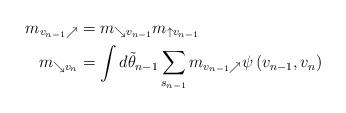
LaTeX: \begin{align*} {m_{{v_{n - 1}} \nearrow }}&={m_{ \searrow {v_{n - 1}}}}{m_{ \uparrow {v_{n - 1}}}}\\ {m_{ \searrow {v_n}}}&=\int d {{\tilde \theta }_{n - 1}}\sum\limits_{{s_{n - 1}}} {{m_{{v_{n - 1}} \nearrow }}} \psi \left( {{v_{n{\rm{ - 1}}}},{v_n}} \right) \end{align*}